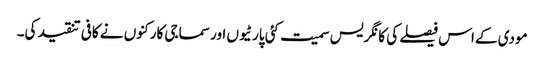
مودی کے اس فیصلے کی کانگریس سمیت کئی پارٹیوں اور سماجی کارکنوں نے کافی تنقید کی۔